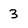
Character: 3